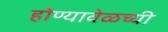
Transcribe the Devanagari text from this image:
होण्यावेळच्यी